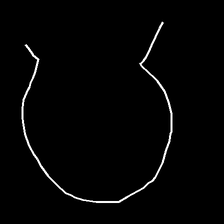
Glyph: weave